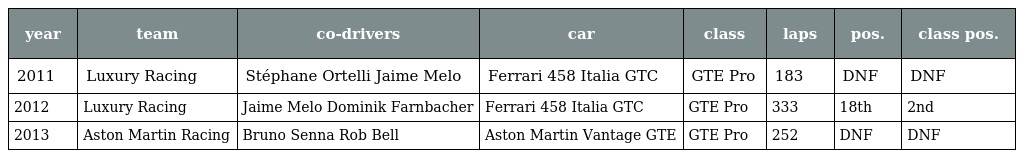
| year | team | co-drivers | car | class | laps | pos. | class pos. |
 | --- | --- | --- | --- | --- | --- | --- | --- |
 | 2011 | Luxury Racing | Stéphane Ortelli Jaime Melo | Ferrari 458 Italia GTC | GTE Pro | 183 | DNF | DNF |
 | 2012 | Luxury Racing | Jaime Melo Dominik Farnbacher | Ferrari 458 Italia GTC | GTE Pro | 333 | 18th | 2nd |
 | 2013 | Aston Martin Racing | Bruno Senna Rob Bell | Aston Martin Vantage GTE | GTE Pro | 252 | DNF | DNF |